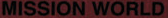
MISSION WORLD